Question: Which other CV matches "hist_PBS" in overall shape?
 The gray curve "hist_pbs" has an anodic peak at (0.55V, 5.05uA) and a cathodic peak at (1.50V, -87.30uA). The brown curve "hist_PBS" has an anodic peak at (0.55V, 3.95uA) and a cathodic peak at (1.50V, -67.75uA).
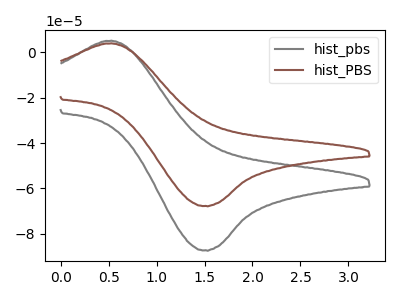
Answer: <think>All the peaks in "hist_pbs" have a peak in "hist_PBS" at the same potential. Every peak in "hist_pbs" is higher than every peak in "hist_PBS".
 </think>
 <answer>The CV with the most similar shape to "hist_pbs" is "hist_PBS".</answer>
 <eval>"hist_PBS"</eval>